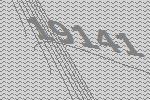
19141